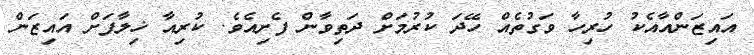
އައިޒަންއާއެކު ހުރިހާ ވަގުތެއް ހޭދަ ކުރުމަށް ދަތިވާން ފެށިއެވެ. ކުރިއާ ޚިލާފަށް އައިޒަން